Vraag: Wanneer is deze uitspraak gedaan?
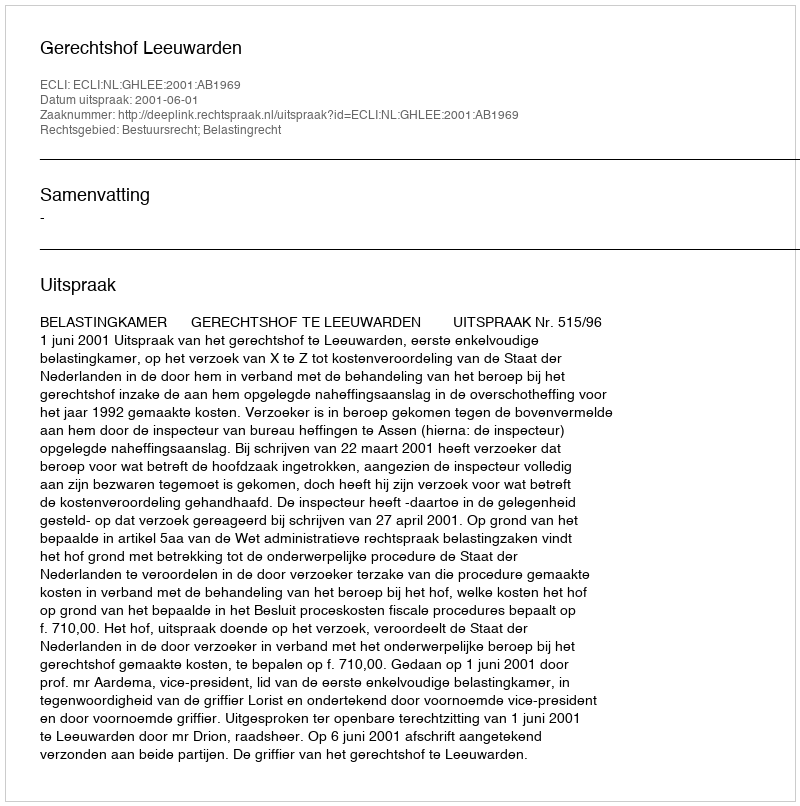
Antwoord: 2001-06-01